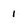
Character: 1